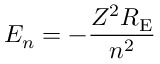
E _ { n } = - { \frac { Z ^ { 2 } R _ { \mathrm { E } } } { n ^ { 2 } } }